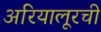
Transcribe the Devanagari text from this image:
अरियालूरची